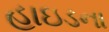
હાઇડના